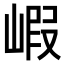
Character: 𡺁